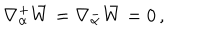
LaTeX: \nabla _ { \alpha } ^ { + } \bar { W } = \nabla _ { \alpha } ^ { - } \bar { W } = 0 \, ,